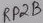
Text: RP2B